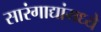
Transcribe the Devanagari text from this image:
सारंगाद्यांमध्ये